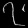
Digit: ၇